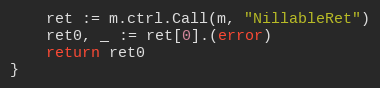
Language: Go
	ret := m.ctrl.Call(m, "NillableRet")
	ret0, _ := ret[0].(error)
	return ret0
}